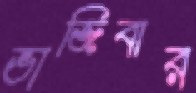
ভাজিবার